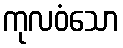
ကုလဝံသော